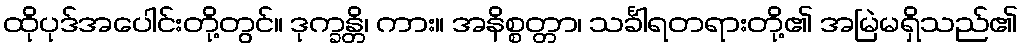
ထိုပုဒ်အပေါင်းတို့တွင်။ ဒုက္ခန္တိ၊ ကား။ အနိစ္စတ္တာ၊ သင်္ခါရတရားတို့၏ အမြဲမရှိသည်၏